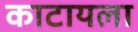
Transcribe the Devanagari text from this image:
काटायला